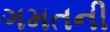
ગમતની